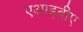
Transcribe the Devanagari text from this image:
एआइबीए